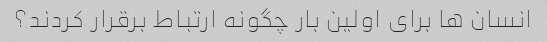
انسان ها برای اولین بار چگونه ارتباط برقرار کردند؟